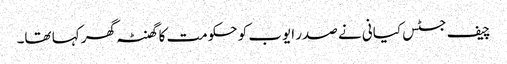
چیف جسٹس کیانی نے صدر ایوب کو حکومت کا گھنٹہ گھر کہا تھا۔